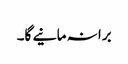
برا نہ مانیے گا۔